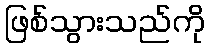
ဖြစ်သွားသည်ကို